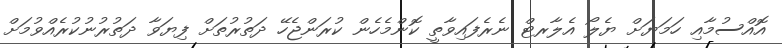
އޮއްސުމާއި ހަމަޔަށް ޔެލޯ އެލާރޓް ނެރެފައިވާތީ ކޮންމެހެން ކުރަންޖެހޭ ދަތުރުތަށް ފިޔަވާ ދަތުރުނުކުރެއްވުމަށް